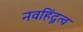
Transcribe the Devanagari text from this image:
नवहिंदूत्व